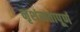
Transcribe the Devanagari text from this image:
नृशंसतापूर्ण